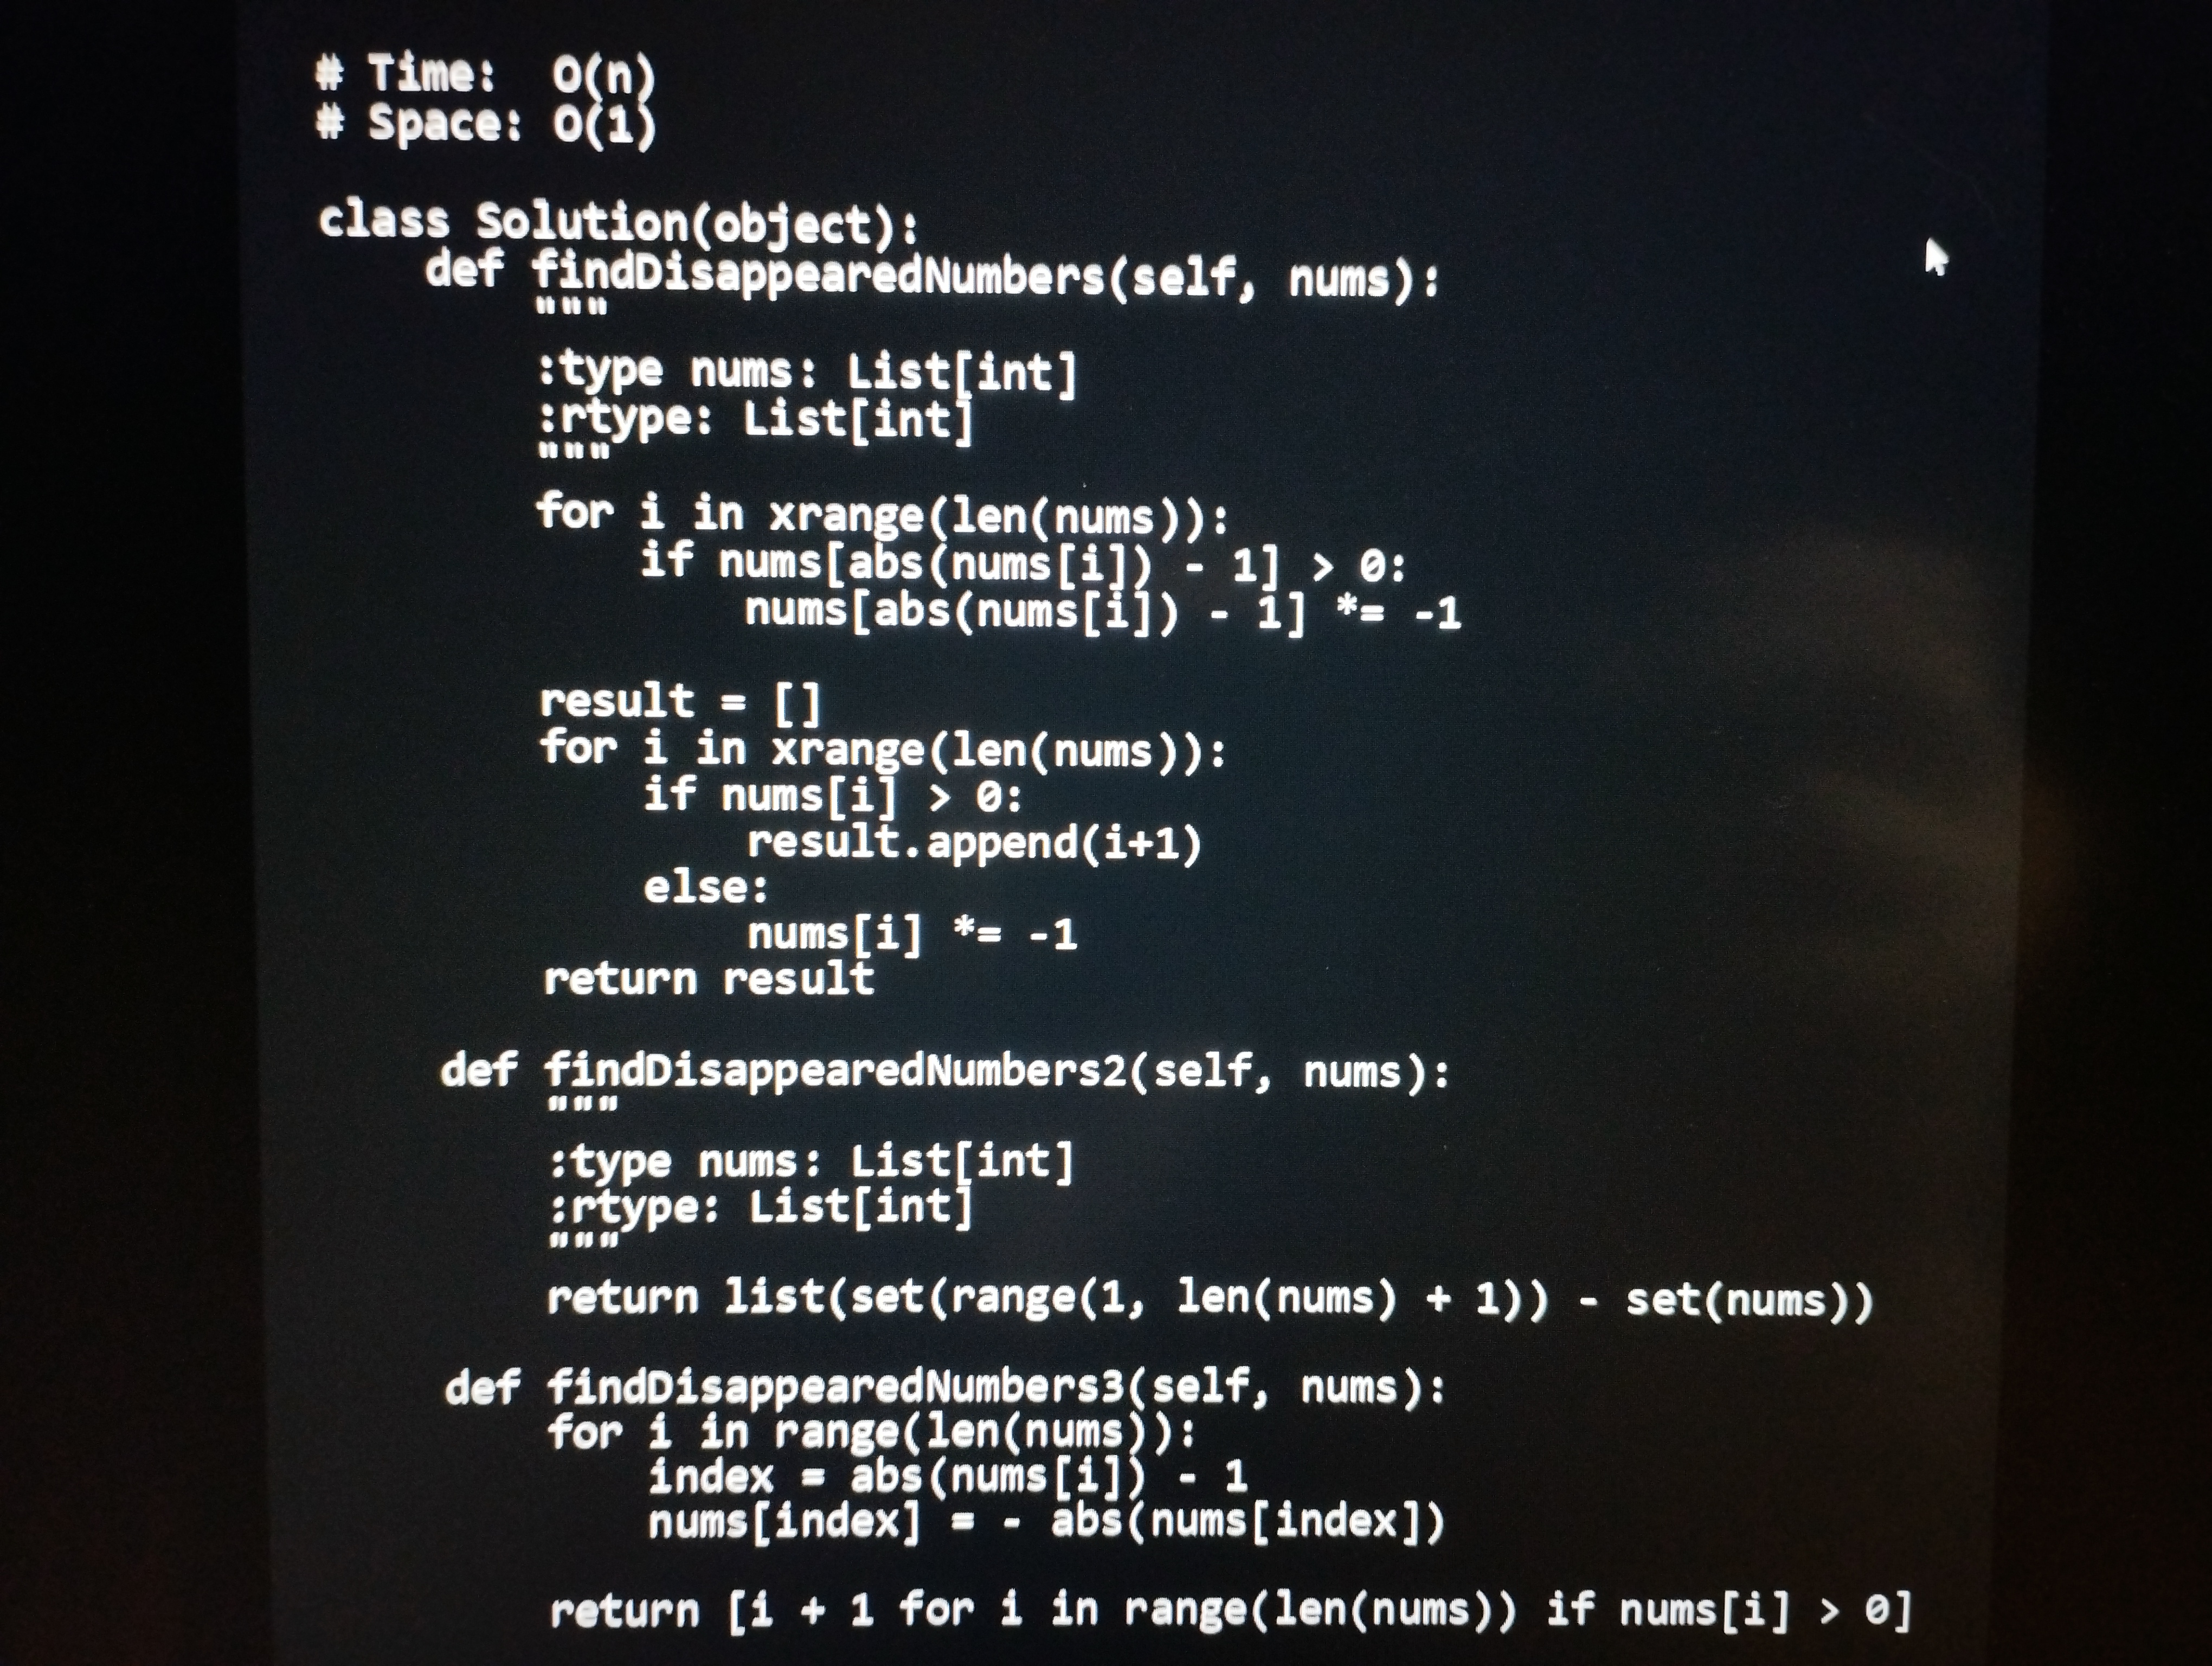
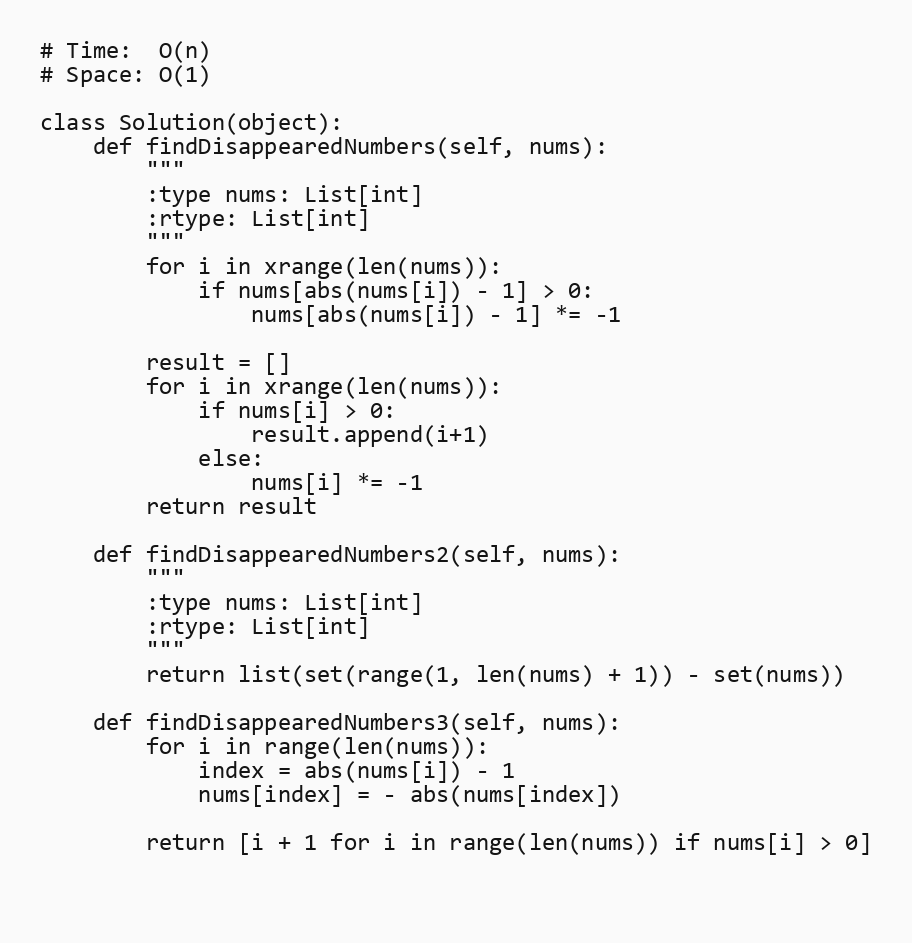
# Time:  O(n)
# Space: O(1)

class Solution(object):
    def findDisappearedNumbers(self, nums):
        """
        :type nums: List[int]
        :rtype: List[int]
        """
        for i in xrange(len(nums)):
            if nums[abs(nums[i]) - 1] > 0:
                nums[abs(nums[i]) - 1] *= -1

        result = []
        for i in xrange(len(nums)):
            if nums[i] > 0:
                result.append(i+1)
            else:
                nums[i] *= -1
        return result

    def findDisappearedNumbers2(self, nums):
        """
        :type nums: List[int]
        :rtype: List[int]
        """
        return list(set(range(1, len(nums) + 1)) - set(nums))

    def findDisappearedNumbers3(self, nums):
        for i in range(len(nums)):
            index = abs(nums[i]) - 1
            nums[index] = - abs(nums[index])

        return [i + 1 for i in range(len(nums)) if nums[i] > 0]